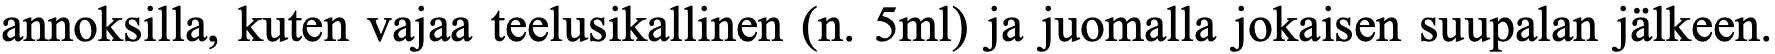
annoksilla, kuten vajaa teelusikallinen (n. 5ml) ja juomalla jokaisen suupalan jälkeen.